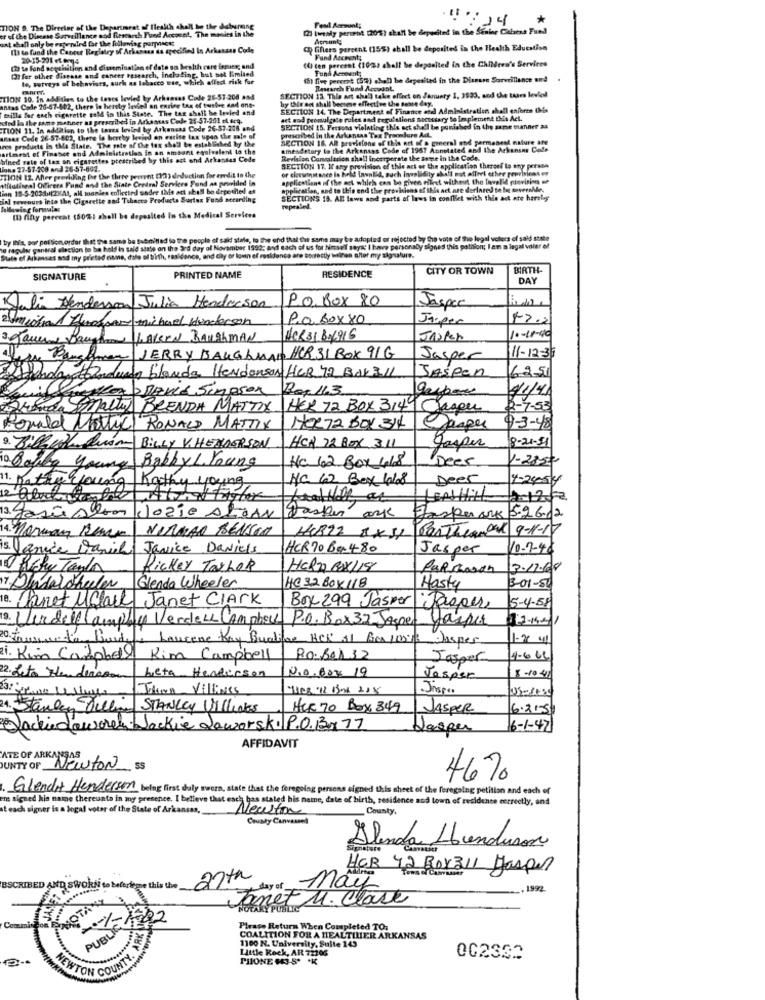
14
TION S. The Direring of the Department of Health shall be the debirming
er of the Disease Surveillance nod Research Fund Account, The mooles in the
[2] twenty percent [20%) shall be deposited in the Senior Chains Fund
Fend Aormank;
unt shell only be rapended for the following purmeses
Account:
Il) to fund the Cancer Registry of Arkansas ta specified in Arkansas Code
( filters percent (15%) chall be deposited in the Health Education
20-15-201 et omg4
(U ten percent (10) shall be deposited in the Children's Services
Fund Account:
(2) to fond sequisition and dissemination er date so health care famuer; and
(3) for other disease and cancer research, including, but not limited
Fund Account
le, surveys of behaviors, such as tobacco use, which affect risk for
(5) five pererst (57) che!) be deposited in the Disease Surveillance and
Research Fund Accuast
TION 10. In addition to the taves levied by Arkansas Code 25-51-208 and
SECTION 13. This art shall take effect on January 1, 3523, and the tsars leviel
by this set shall beesme effective the same day.
Antas Code 26-47-402, there in hereby levied an exrier ton of twelve and one-
Bills for each cigarette sold in this State. The tax shall be levied and
SECTION 14. The Department of Finance and Administration shall enforce INis
sed is the same mahner as prescribed in Arkansas Code 25-57-201 el arq.
art and promulgate rules and regulations necessary to implement this Act.
TION 11. In addition to the tares levied by Arkansas Code 26-57-208 and
SECTION 15. Persona violating this act shall be punished in the same manner as
usas Cede 26-57-602, there is hereby heeled on earise tax upon the main of
ires products in the State. The gate of the tex shall be established by the
SECTION 18. All provisions of this act of a general and permanent nature IN
prescribed in the Arkansas Tex Procedure AdL.
orterst of Finance and Administraties in an amsont equivalent to the
amesdetary to the Arkansas Code of 1967 Annotated and the Arkansas Cole
bined rate of tax on cigarettes prescribed by this act and Arkansas Cede
Revision Cantaltrion shall incorporate the same in the Cade.
lona 27-57-208 and 26-57-892.
SECTION 17. If any provision of this act or the application thereef to any person
or cicewinst ance is held Inwalid, such invalidity shall not affect other provisions er
TION 12. After providing for the three peerent (13) deduction for eredit to the
Mitatingal Officers Fund and the State Central Services Fund an provided in
applications of the act which can be given eflist withet the lawvalid previsine
ian 19-5-203:01(2xAt, all monies enflected undre (Ms act shall be deposited et
application, and to this end the provisions of this act are derlared to be overahles
dinl revenues into the Cigarette and Tobacco Products Surtex Fund secarding
SECTIONS 18. Al laws and parts of laws in conflict with this act ate herely
repealed.
(D) finy percent (50%) shall be deposited In the Medical Services
by his, por portion order that the same be Submitted to the people of said stale, to the end that the same may be adopted of rojocted by the vots of the legal velers of said state
10 raguin general election to be hold in said state on the 3rd day of November 1592; and each of us for himself says I have personaby signes this pathion; I am a legal voler of
State of Arkansas and my prieted name, date of birth, realdance, and day or loun ef roskdance are Bontottly weinen altet my signature.
CITY OR TOWN
BIRTH
SIGNATURE
PRINTED NAME
RESIDENCE
DAY
P.O. Box 80
Julia Henderson Julia Henderson
Jasper
roger michael Hunderson
P.O.Box 80
Jasper
47.2
domicilionl
3. Jamee Bo
IHAVEEN BAUghMAN
HCR31616916
JASPER
10-18-40
Per Banghome
JERRY BAUGhMAN
HCR 31 BOX 91 G
Jasper
11-12-36
tiendan Cindendo blanda Henderson HCR 72 Bar 311
JASpan
62.51
Max DevLE Singson
Rhonda Malty BRENDA MATTIX
HER 72 BOX 3149 Casper
B-7-53
Donald Mottill RONALD MATTIX
HORJa BOY 314
Casper
9-3-48
Ruan BILLY V.HENDERSON
HCR 22 BOX 311
Jesper
8-21-51
HC 12 Box 418
Dees
1-2350
10 Saying young Bobby L. Young
HC 62 Box 1068
Deer
4-24-54
11. hatay young
ing Kathy young
Josie AleAN
Dasker ark
Jasper ark 5-26.12
NIRMÃO BENSIN
ParThen Dal 9-1-17
14. Marman Reur
5. Janice Daniel Janice Daniels
HCR70Ba480
Jasper
10-7-48
Rickey TashOR
HERZ BOX115
13.11.00
17 Dindarchulas
Glenda Wheeler
HC32BOX118
Hasty
3-01-50
18. Sanet Uclark Janet Clark
Box 299 Jasper Jasper
5-4-58
2. Wirdell(amplia VerdeLL CAMphill P.O. Box 32 Jasper Jasper
13-1441
20. Faureor fax Burden Lancene Kay Butifar HCK &1 Box 10013
Jasper
i. Kim Campbell
Kim Campbell
PO.Box 32
Jasper
2. Leto Hem
0.0.604 19
Leta Henderson
Jasper
8-10-41
Johan Villines
Jasper
24. Standen Pelli STANLEY Villeaks
HUR 70 Box 849
JASPER
6.21-5
Jackie dawaren Jackie Jaworski P.O.Bx 77
Jasper
16-1-47
AFFIDAVIT
ATE OF ARKANSAS
DUNTY OF Newton 55
46%
Glendit Henderson being first duly sworn, state that the foregoing persons signed this sheet of the foregoing petition and each of
ems signed his name thereunto in my presence. I believe that each bas stated his name, date of birth, residence and town of residence correctly, and
at each signer is a logal voter of the State of Arkansas,
Newston
_County,
County Canvassed
Alenda Honduras
HCR 42Box311 Jasper
ESCRIBEDA
this the
yday of May
1972
met M. Clase
-- 1-1202
RK
Please Return When Completed TO:
PUBLI
COALITION FOR A HEALTHIER ARKANSAS
1100 N. University, Sulte 143
Little Rock, AR 72206
PHONE (43-5. * K
002332
NEWTON COUNTY